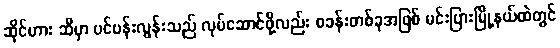
ဆိုင်ဟား ဆီမှာ ပင်ပန်းလွန်းသည် လုပ်ဆောင်ဖို့လည်း စခန်းတစ်ခုအဖြစ် မင်းပြားမြို့နယ်ထဲတွင်